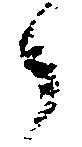
了